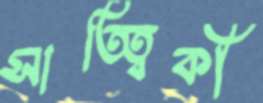
সাত্ত্বিকী